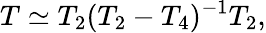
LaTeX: T\simeq T_{2}(T_{2}-T_{4})^{-1}T_{2},